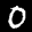
Label: 0